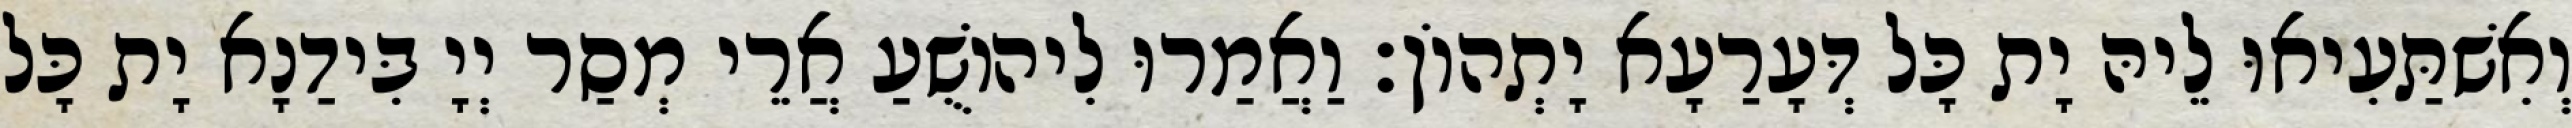
וְאִשׁתַּעִיאוּ לֵיהּ יָת כָּל דְּעָרַעָא יָתְהוֹן׃ וַאֲמַרוּ לִיהוֹשֻׁעַ אֲרֵי מְסַר יְיָ בִּידַנָא יָת כָּל